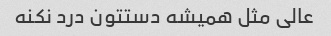
عالی مثل همیشه دستتون درد نکنه